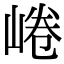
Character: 𡸩